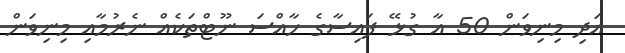
އަދި މިނިވަން 50 އާ ގުޅޭ ފައިސާގެ ހާއްސަ ނޫޓްތަކެއް ނެރުމާއި މިނިވަން